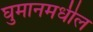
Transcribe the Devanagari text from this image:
घुमानमधील